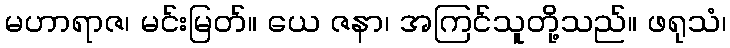
မဟာရာဇ၊ မင်းမြတ်။ ယေ ဇနာ၊ အကြင်သူတို့သည်။ ဖရုသံ၊